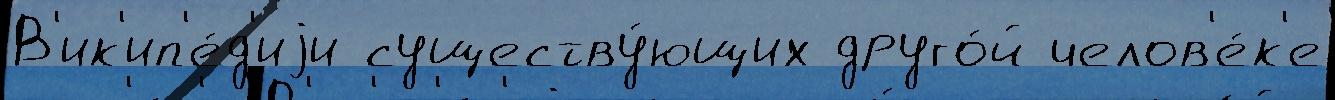
В'ик'ип'е́д'иjи существу́ющих друго́й челов'е́к'е